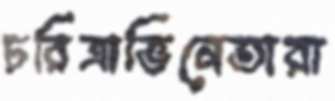
চরিত্রাভিনেতারা